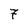
Character: 7